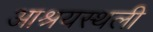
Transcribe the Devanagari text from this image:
आश्रयस्थली